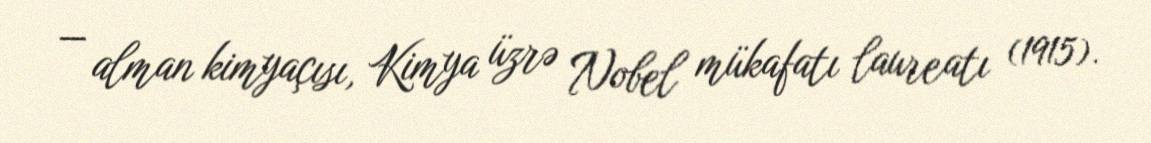
— alman kimyaçısı, Kimya üzrə Nobel mükafatı laureatı (1915).